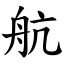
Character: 航